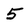
Character: 5